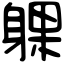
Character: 躶